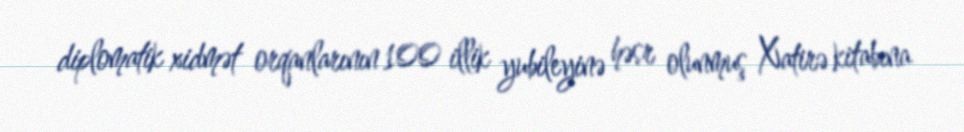
diplomatik xidmət orqanlarının 100 illik yubileyinə həsr olunmuş Xatirə kitabına